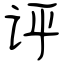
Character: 评